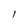
Character: I